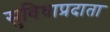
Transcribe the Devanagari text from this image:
सुविधाप्रदाता